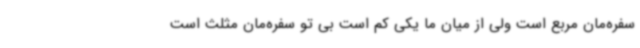
سفره‌مان مربع است ولی از میان ما یکی کم است بی تو سفره‌مان مثلث است